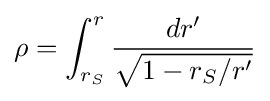
\rho =\int _{r_{S}}^{r}{\frac {dr^{\prime }}{\sqrt {1-r_{S}/r^{\prime }}}}